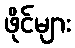
ဖိုင်များ